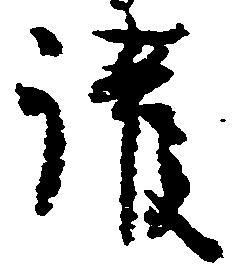
護